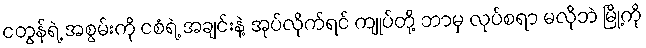
ငတွန်ရဲ့ အစွမ်းကို ငစံရဲ့ အချင်းနဲ့ အုပ်လိုက်ရင် ကျုပ်တို့ ဘာမှ လုပ်စရာ မလိုဘဲ မြို့ကို